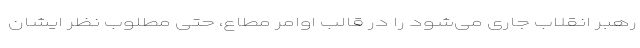
رهبر انقلاب جاری می‌شود را در قالب اوامر مطاع، حتی مطلوب نظر ایشان